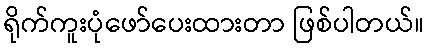
ရိုက်ကူးပုံဖော်ပေးထားတာ ဖြစ်ပါတယ်။